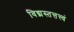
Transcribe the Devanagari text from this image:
विद्मस्तत्तत्त्वं